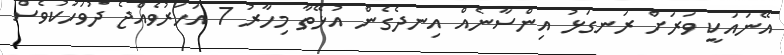
އޭނައަކީ ވަރަށް ރަނގަޅު އިންސާނެއް އިނދެގެން އުޅޭތާ މިހާރު 7 އަހަރުވެއްޖެ ދުވަހަކުވެސް